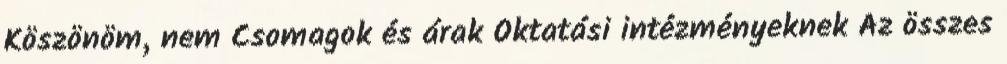
Köszönöm, nem Csomagok és árak Oktatási intézményeknek Az összes